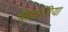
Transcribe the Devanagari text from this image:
चाहा।रिया